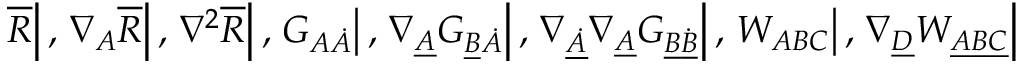
\left. \overline { { { R } } } \right| , \left. \nabla _ { A } \overline { { { R } } } \right| , \left. \nabla ^ { 2 } \overline { { { R } } } \right| , \left. G _ { A \dot { A } } \right| , \left. \nabla _ { \underline { { { A } } } } G _ { \underline { { { B } } } \dot { A } } \right| , \left. \nabla _ { \underline { { { \dot { A } } } } } \nabla _ { \underline { { { A } } } } G _ { \underline { { { B } } } \underline { { { \dot { B } } } } } \right| , \left. W _ { A B C } \right| , \left. \nabla _ { \underline { { { D } } } } W _ { \underline { { { A B C } } } } \right|